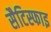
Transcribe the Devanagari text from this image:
सैटिस्फाइ